Martna_vallavalitsus, lk 12
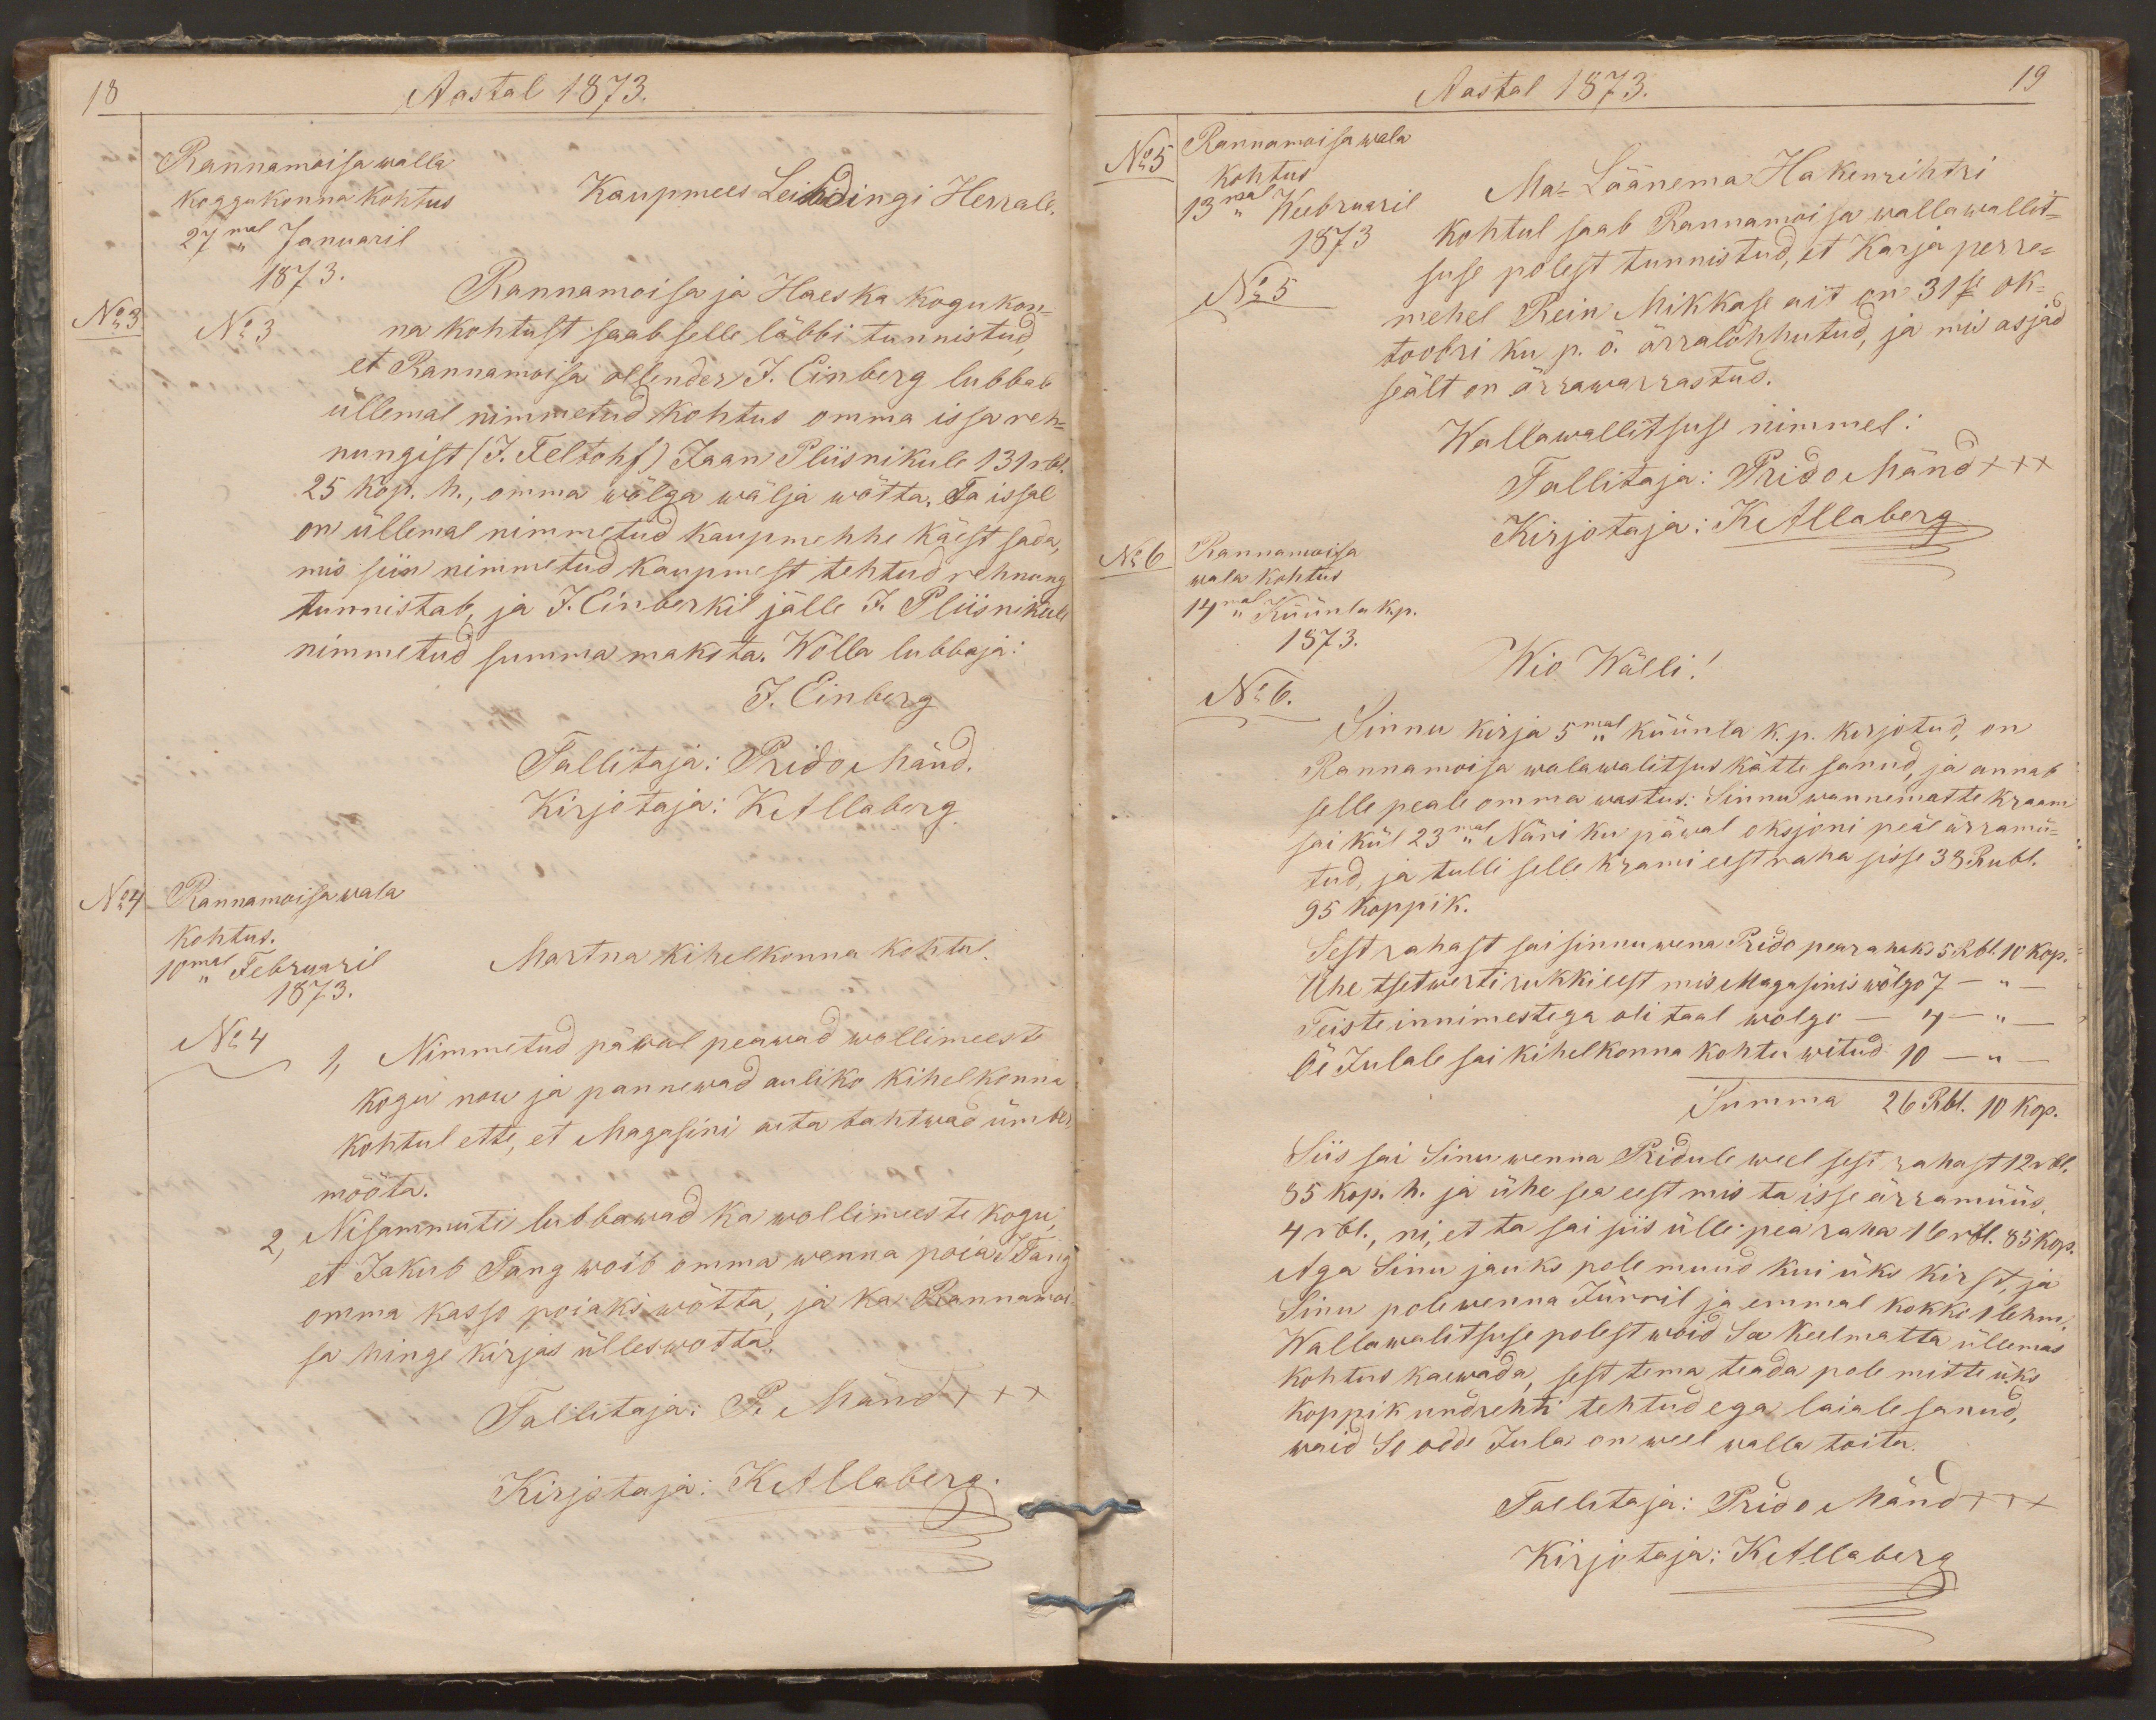
18
Aastal 1873.
Rannamoisa walla
koggukonna kohtus
Kaupmees Leindingi Herrale.
27mal Januaril
1873.
Rannamoisa ja Haeska kogukon-
No 3
No 3
na kohtust saab selle läbbi tunnistud,
et Rannamoisa ollender J. Einberg lubbab
üllemal nimmetud kohtus omma issa reh-
nungist (J. Feltohf) Jaan Pliisnikule 131 rbl.
25 kop. h., omma wõlga wälja wõtta. Ta issal
on üllemal nimmetud kaupmehhe käest sada,
mis siin nimmetud kaupmest tehtud rehnung
tunnistab, ja J. Einberkil jälle J. Pliisnikule
nimmetud summa maksta. Wõlla lubbaja:
J. Einberg
Tallitaja: Prido Mänd.
Kirjotaja: KAllaberg.
No4
Rannamoisa wala
kohtus.
10mal Februaril
Martna kihelkonna kohtul.
1873.
No 4
1, Nimmetud päwal peawad wollimeeste
kogu nou ja pannewad auliko kihelkonna
kohtul ette, et Magasini aita tahtwad ümber
mõõta.
2. Nisammuti lubbawad ka wollimeeste kogu,
et Jakub Tang woib omma wenna poia JTang
omma kasso poiaks wõtta, ja ka Rannamoi-
sa hinge kirjas ülleswotta.
Tallitaja: P. Mänd xxx
Kirjotaja: KAllaberg.

Aastal 1873.
19
Rannamoisa wala
No5
kohtus
Ma- Läänema Hakenrihtri
13mal Weebruaril
1873
kohtul saab Rannamoisa wallawallit-
suse polest tunnistud, et Karja perre-
No 5
mehel Rein Mikkase ait on 31se ok-
toobri ku p. õ. ärralõhhutud, ja mis asjad
seält on ärrawarrastud.
Wallawallitsuse nimmel:
Tallitaja: Prido Mänd xxx
No 6
Rannamoisa
Kirjotaja: KAllaberg.
wala kohtus
14mal Küünla k.p.
1873.
Wio Wälli!
No 6.
Sinnu kirja 5mal küünla k.p. kirjotud, on
Rannamoisa walawalitsus kätte sanud, ja annab
selle peale omma wastus: Sinnu wannematte kraam
sai kül 23mal Näri ku päwal oksjoni peal ärramü-
tud, ja tulli selle krami eest raha sisse 38 Rubl.
95 koppik.
Sest rahast sai sinnu wena Prido pearahaks 5 Rbl. 10 kop.
Ühe tsetwerti rukki eest mis Magasinis wõlgo 7  - " -
Teiste innimestega oli taal wolgo - 4 - " -
Õe Julale sai kihelkonna kohtu witud 10 - " -
Summa 26 Rbl. 10 kop.
Siis sai Sinu wenna Pridule weel sest rahast 12 rbl.
85 kop. h. ja ühe sea eest mis ta isse ärramüüs.
4 rbl., ni, et ta sai siis ülle pea raha 16 rbl. 85 kop.
Aga Sinu jauks pole muud kui üks kirst, ja
Sinu pole wenna Jürril ja emmal kokko 1 lehm.
Wallawalitsuse polest woid Sa keelmatta üllemas
kohtus kaewada, sest tema teada pole mitte üks
koppik undrehti tehtud ega laiale sanud,
waid So odde Jula on weel walla toita.
Tallitaja: Prido Mänd xxx
Kirjotaja: KAllaberg